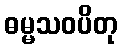
ဓမ္မသဝပိတု